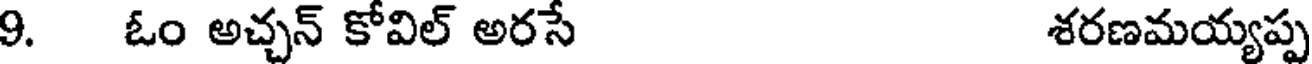
9. ఓం అచ్చన్ కోవిల్ అరసే శరణమయ్యప్ప